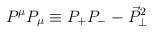
\begin{align*}P^{\mu }P_{\mu }\equiv P_{+}P_{-}-\vec{P}_{\perp }^{2}\end{align*}